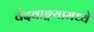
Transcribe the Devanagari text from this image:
वेदवाङ्मयामध्ये